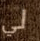
لي